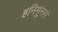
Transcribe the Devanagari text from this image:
हनिमूनर्स